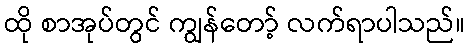
ထို စာအုပ်တွင် ကျွန်တော့် လက်ရာပါသည်။